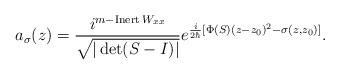
\begin{align*}a_{\sigma}(z)=\frac{i^{m-\operatorname*{Inert}W_{xx}}}{\sqrt{|\det(S-I)|}}e^{\frac{i}{2\hbar}[\Phi(S)(z-z_{0})^{2}-\sigma(z,z_{0})]}. \end{align*}